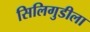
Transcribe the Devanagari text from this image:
सिलिगुडीला